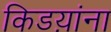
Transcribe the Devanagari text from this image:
किडय़ांना